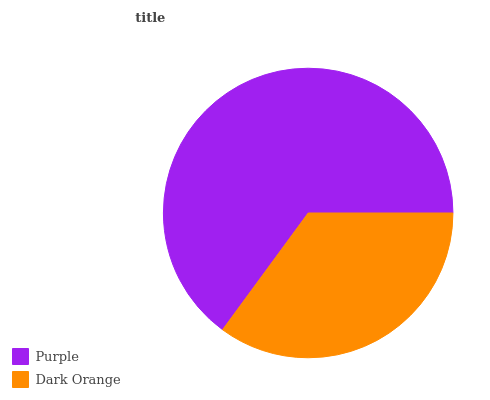
| Purple | Dark Orange |
 | --- | --- |
 | 65% | 35% |